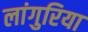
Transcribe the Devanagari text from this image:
लांगुरिया